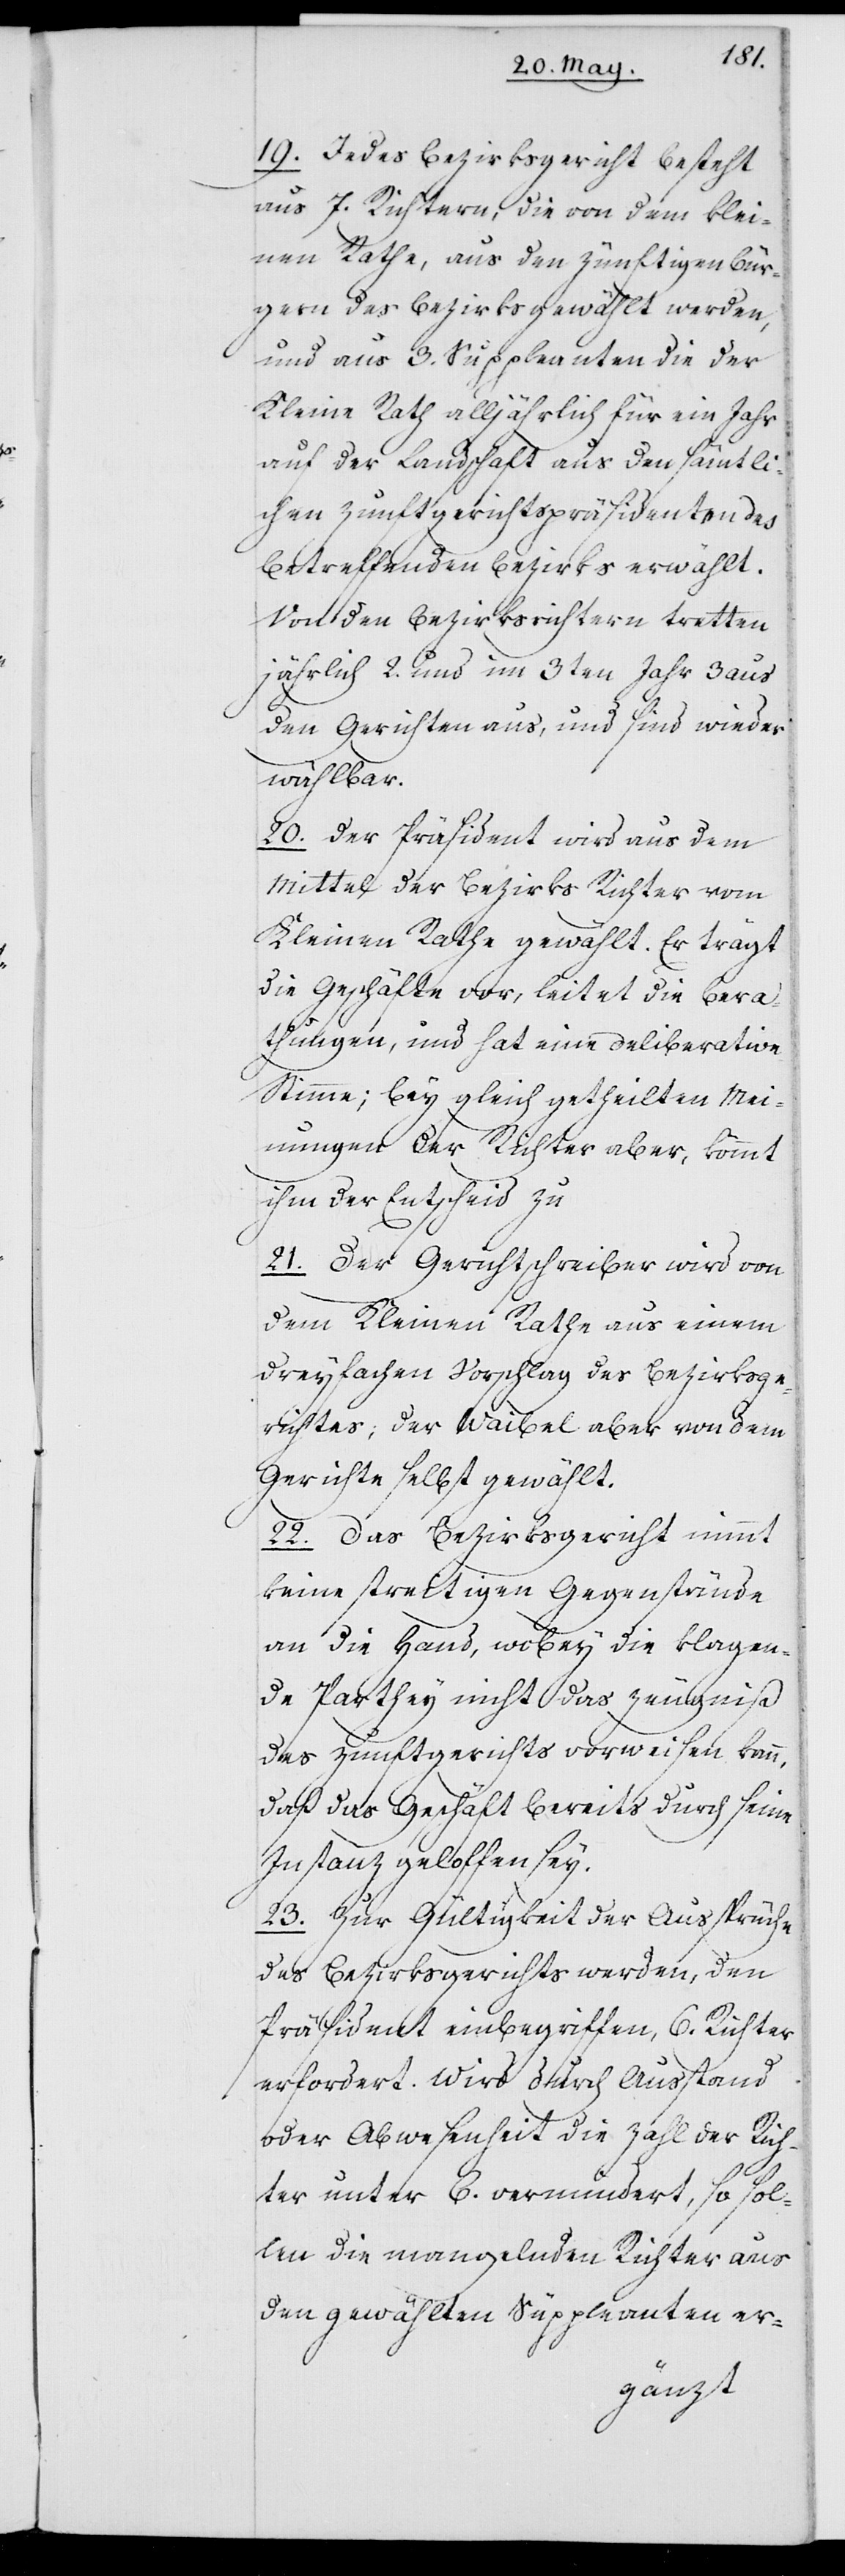
19. Jedes Bezirksgericht besteht
aus 7. Richtern, die von dem klei¬
nen Rathe, aus den zünftigen Bür¬
gern des Bezirks gewählt werden,
und aus 3. Suppleanten, die der
Kleine Rath alljährlich für ein Jahr
auf der Landschaft aus den sämtli¬
chen Zunftgerichtspräsidenten des
betreffenden Bezirks erwählt.
Von den Bezirksrichtern tretten
jährlich 2. und im 3ten Jahr 3 aus
den Gerichten aus, und sind wieder
wählbar.
20. Der Präsident wird aus dem
Mittel der Bezirks Richter vom
Kleinen Rathe gewählt. Er trägt
die Geschäfte vor, leitet die Bera¬
thungen und hat eine Deliberation
Stimme; bey gleich getheilten Mei¬
nungen der Richter aber, kommt
ihm der Entscheid
21. Der Gerichtschreiber wird von
dem Kleinen Rathe aus einem
dreyfachen Vorschlag des Bezirksge¬
richtes; der Waibel aber von dem
Gerichte selbst gewählt.
22. Das Bezirksgericht nimmt
keine streitigen Gegenstände
an die Hand, wobey die klagen¬
de Parthey nicht das Zeugniß
des Zunftgerichts vorweisen kann,
daß das Geschäft bereits durch seine
Instanz geloffen sey.
23. Zur Gültigkeit der Aussprüche
des Bezirksgerichts werden, den
Präsident einbegriffen, 6. Richter
erfordert. Wird durch Ausstand
oder Abwesenheit die Zahl der Rich¬
ter unter 6. vermindert, so sol¬
len die mangelnden Richter aus
den gewählten Suppleanten er-